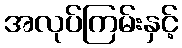
အလုပ်ကြမ်းနှင့်